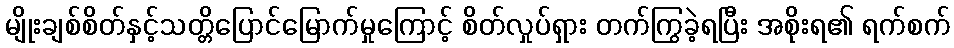
မျိုးချစ်စိတ်နှင့်သတ္တိပြောင်မြောက်မှုကြောင့် စိတ်လှုပ်ရှား တက်ကြွခဲ့ရပြီး အစိုးရ၏ ရက်စက်